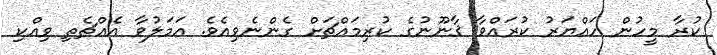
ކުރާ މީހުން ހައްޔަރު ކުރައްވާ ޤާނޫނުގެ ކުރިމައްޗަށް ގެންނެވިއެވެ. އަމަލުވާ އެއްޗެތި ވިއްކި